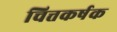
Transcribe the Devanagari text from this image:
चित्तकर्षक